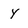
Character: Y